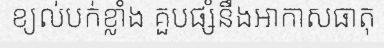
ខ្យល់បក់ខ្លាំង គួបផ្សំនឹងអាកាសធាតុ